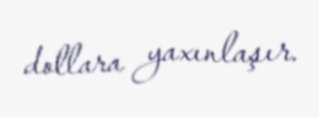
dollara yaxınlaşır.